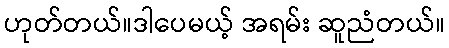
ဟုတ်တယ်။ဒါပေမယ့် အရမ်း ဆူညံတယ်။